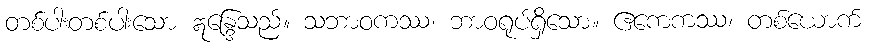
တစ်ပါးတစ်ပါးသော ဣန္ဒြေသည်။ သဘာဝကဿ၊ ဘာဝရုပ်ရှိသော။ ဧကေကဿ၊ တစ်ယောက်